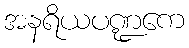
အနရိယပဏ္ဍကေ